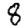
Digit: 8